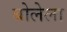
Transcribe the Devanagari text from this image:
बोलेला